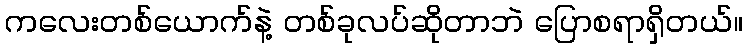
ကလေးတစ်ယောက်နဲ့ တစ်ခုလပ်ဆိုတာဘဲ ပြောစရာရှိတယ်။